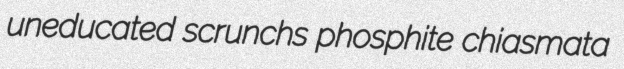
uneducated scrunchs phosphite chiasmata